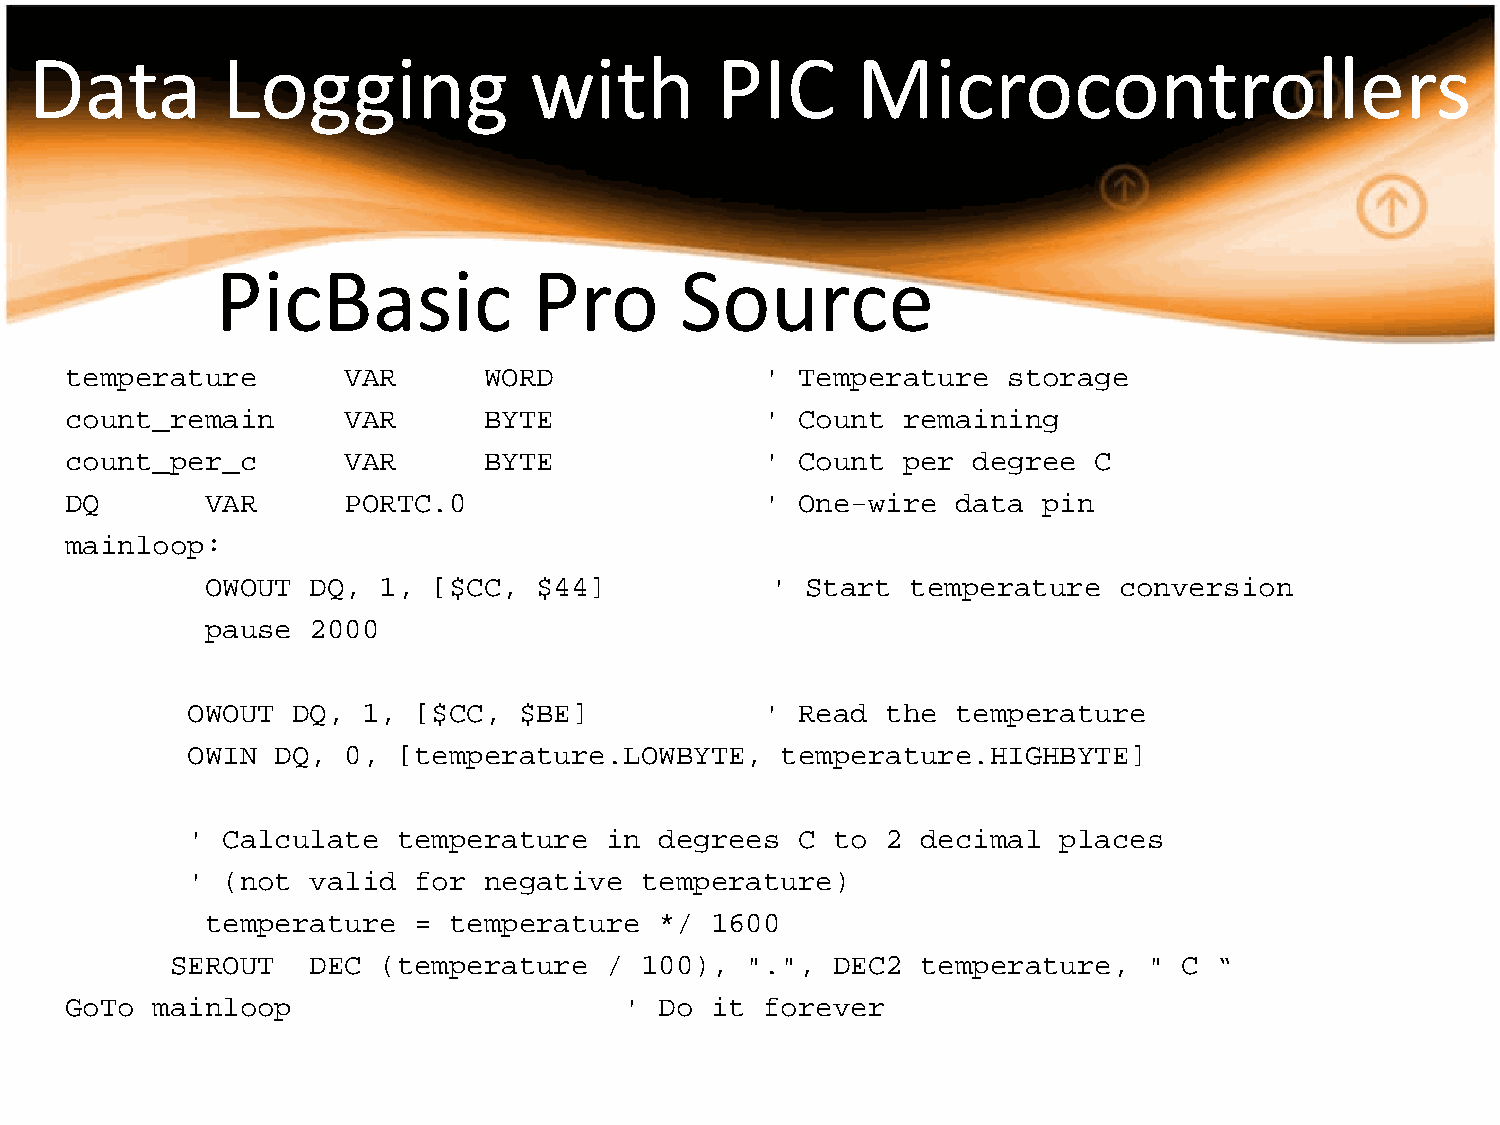
Data         Logging             with        PIC       Microcontrollers
 PicBasic             Pro       Source
 temperature        VAR      WORD               ' Temperature   storage
 count_remain       VAR      BYTE               ' Count  remaining
 count_per_c        VAR      BYTE               ' Count  per degree  C
 DQ        VAR      PORTC.0                     ' One-wire  data  pin
 mainloop:
 OWOUT DQ,  1,  [$CC, $44]            ' Start  temperature   conversion
 pause 2000
 OWOUT  DQ,  1, [$CC,  $BE]             ' Read  the temperature
 OWIN  DQ,  0, [temperature.LOWBYTE,     temperature.HIGHBYTE]
 '  Calculate  temperature   in  degrees  C to  2 decimal  places
 '  (not valid  for  negative  temperature)
 temperature  =  temperature   */ 1600
 SEROUT   DEC  (temperature   / 100),  ".",  DEC2  temperature,   " C  “
 GoTo  mainloop                       '  Do it  forever